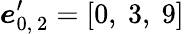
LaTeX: \boldsymbol{e}_{0,\ 2}^{\prime}=\left[0,\ 3,\ 9\right]